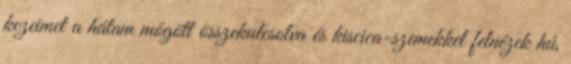
kezeimet a hátam mögött összekulcsolva és kiscica-szemekkel felnézek hú,